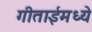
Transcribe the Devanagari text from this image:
गीताईमध्ये